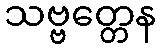
သဗ္ဗတ္တေန